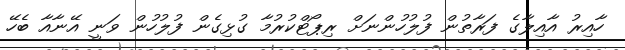
ހާއިރު އާއިލާގެ ފަރާތުން ފުލުހުންނަށް ރިޕޯޓްކުރުމާ ގުޅިގެން ފުލުހުން ވަނީ އޭނާއާ ބެހޭ